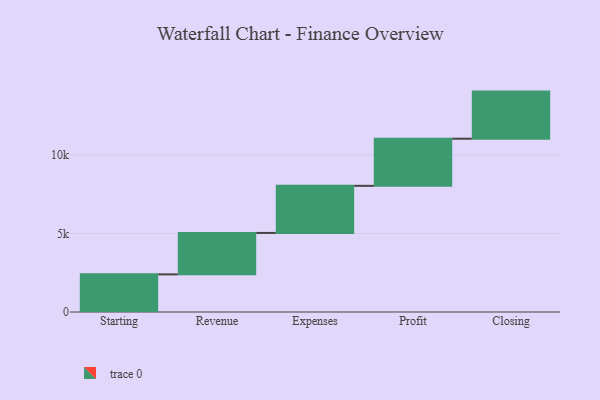
{"axis": {"x": "Step", "y": "Value"}, "legend": [""], "data": [{"x": "Starting", "y": 2396.0, "type": ""}, {"x": "Revenue", "y": 2638.0, "type": ""}, {"x": "Expenses", "y": 3000, "type": ""}, {"x": "Profit", "y": 3000, "type": ""}, {"x": "Closing", "y": 3000, "type": ""}]}